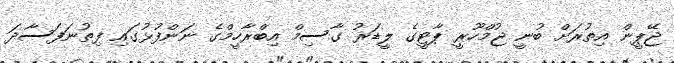
ޖޭޕީން އިތުރަށް ބުނީ ޖުމްހޫރީ ޕާޓީގެ ލީޑަރު ގާސިމް އިބްރާހީމްގެ ނަންފުޅުގައި ފިތުނަފަސާދަ